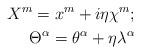
LaTeX: \begin{align*}X^{m}=x^{m}+i\eta\chi^{m};\\\Theta^{\alpha}=\theta^{\alpha}+ \eta\lambda^{\alpha}\end{align*}